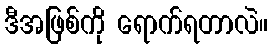
ဒီအဖြစ်ကို ရောက်ရတာလဲ။